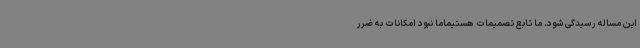
این مساله رسیدگی شود. ما تابع تصمیمات هستیماما نبود امکانات به ضرر